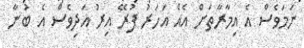
ނަމަވެސް އެ އިމާރާތަށް އެއް އަހަރު ފުރޭ އިރު އަދިވެސް އެ ބުނާ